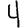
Digit: 4